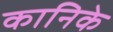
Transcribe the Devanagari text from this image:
कानिके